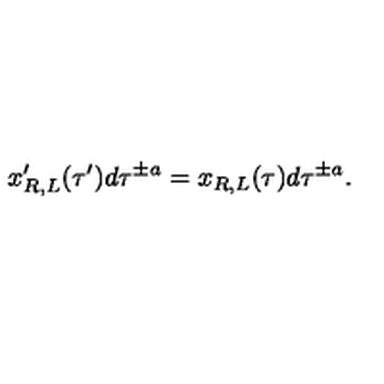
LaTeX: x _ { R , L } ^ { \prime } ( \tau ^ { \prime } ) d \tau ^ { \pm a } = x _ { R , L } ( \tau ) d \tau ^ { \pm a } .